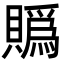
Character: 䞈